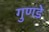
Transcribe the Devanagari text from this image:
गुणडे